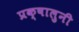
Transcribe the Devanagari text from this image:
प्रक्षालुनी